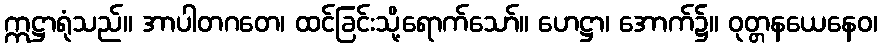
ဣဋ္ဌာရုံသည်။ အာပါတဂတေ၊ ထင်ခြင်းသို့ရောက်သော်။ ဟေဋ္ဌာ၊ အောက်၌။ ဝုတ္တနယေနေဝ၊